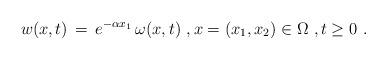
LaTeX: \begin{align*} w(x,t) \,=\, e^{-\alpha x_1}\,\omega(x,t)~, x = (x_1,x_2) \in \Omega~, t \ge 0~.\end{align*}